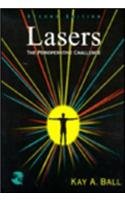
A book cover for Lasers: The Perioperative Challenge, 2e; Kay A. Ball RN  BSN  MSA  CNOR  FAAN; Medical Books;